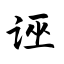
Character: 诬